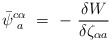
\begin{align*}\bar{\psi}^{c\alpha}_{\phantom{c}a}\ =\ -\ \frac{\delta W}{\delta\zeta^{\phantom{\rho}}_{\alpha a}}\end{align*}